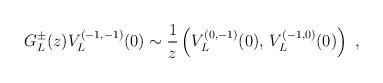
LaTeX: \begin{align*}G_L^{\pm}(z)V_L^{(-1,-1)}(0)\sim {1\over z}\left(V_L^{(0,-1)}(0),\,V_L^{(-1,0)}(0)\right) \ ,\end{align*}